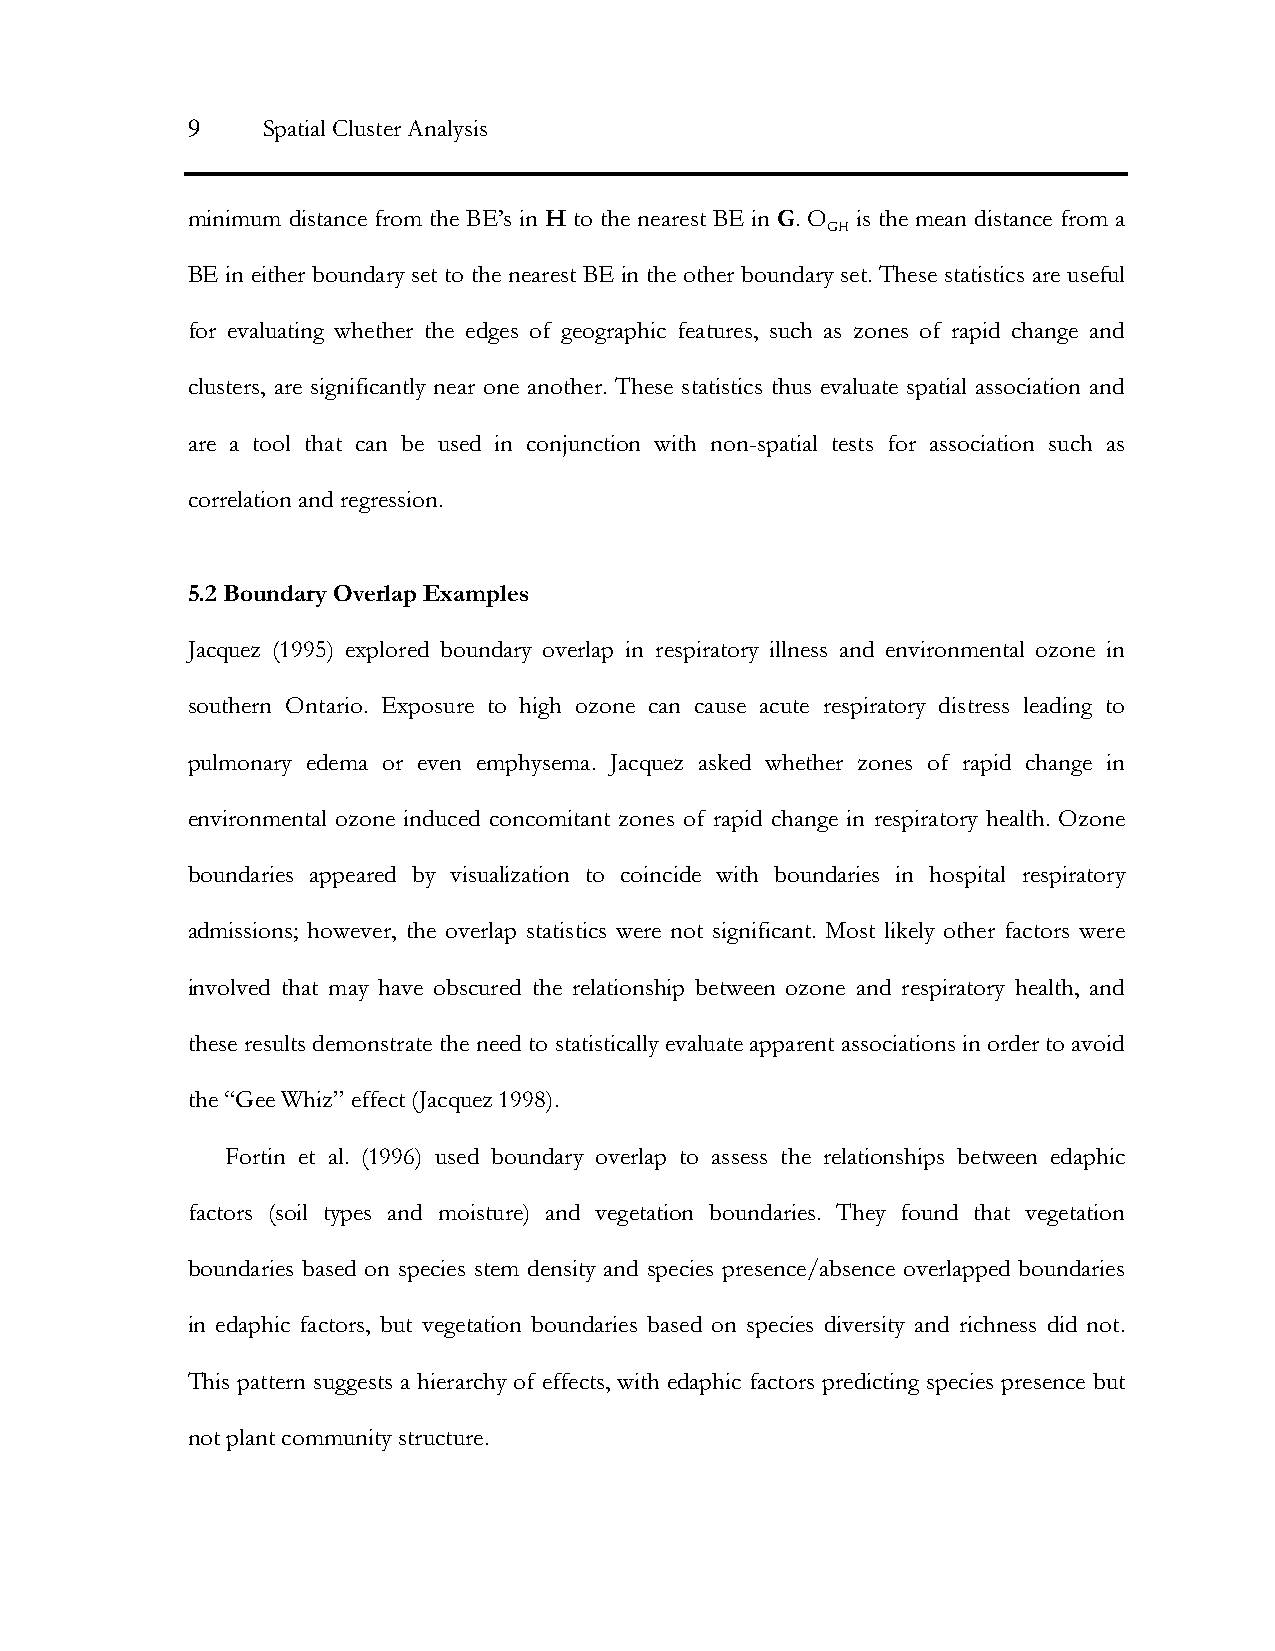
9    Spatial Cluster Analysis
 minimum distance from the BE’s in H to the nearest BE in G. O is the mean distance from a
 GH
 BE in either boundary set to the nearest BE in the other boundary set. These statistics are useful
 for evaluating whether the edges of geographic features, such as zones of rapid change and
 clusters, are significantly near one another. These statistics thus evaluate spatial association and
 are a tool that can be used in conjunction with non-spatial tests for association such as
 correlation and regression.
 5.2 Boundary Overlap Examples
 Jacquez (1995) explored boundary overlap in respiratory illness and environmental ozone in
 southern Ontario. Exposure to high ozone can cause acute respiratory distress leading to
 pulmonary edema or even emphysema. Jacquez asked whether zones of rapid change in
 environmental ozone induced concomitant zones of rapid change in respiratory health. Ozone
 boundaries appeared by visualization to coincide with boundaries in hospital respiratory
 admissions; however, the overlap statistics were not significant. Most likely other factors were
 involved that may have obscured the relationship between ozone and respiratory health, and
 these results demonstrate the need to statistically evaluate apparent associations in order to avoid
 the “Gee Whiz” effect (Jacquez 1998).
 Fortin et al. (1996) used boundary overlap to assess the relationships between edaphic
 factors (soil types and moisture) and vegetation boundaries. They found that vegetation
 boundaries based on species stem density and species presence/absence overlapped boundaries
 in edaphic factors, but vegetation boundaries based on species diversity and richness did not.
 This pattern suggests a hierarchy of effects, with edaphic factors predicting species presence but
 not plant community structure.